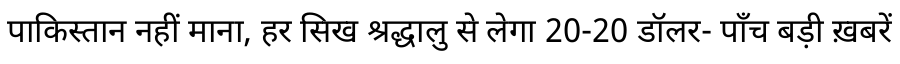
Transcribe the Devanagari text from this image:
पाकिस्तान नहीं माना, हर सिख श्रद्धालु से लेगा 20-20 डॉलर- पाँच बड़ी ख़बरें